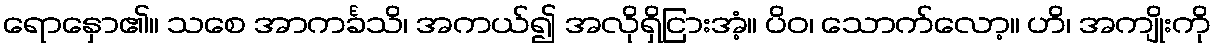
ရောနှော၏။ သစေ အာကင်္ခသိ၊ အကယ်၍ အလိုရှိငြားအံ့။ ပိဝ၊ သောက်လော့။ ဟိ၊ အကျိုးကို